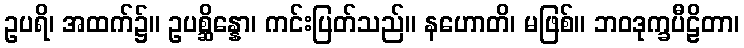
ဥပရိ၊ အထက်၌။ ဥပစ္ဆိန္နော၊ ကင်းပြတ်သည်။ နဟောတိ၊ မဖြစ်။ ဘဝဒုက္ခပီဠိတာ၊